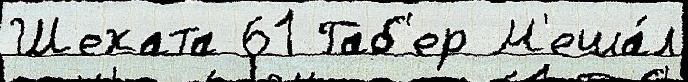
Шехата 61 Габ'ер М'еша́л